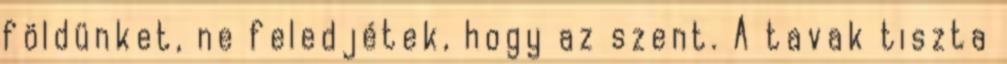
földünket, ne feledjétek, hogy az szent. A tavak tiszta